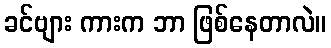
ခင်ဗျား ကားက ဘာ ဖြစ်နေတာလဲ။